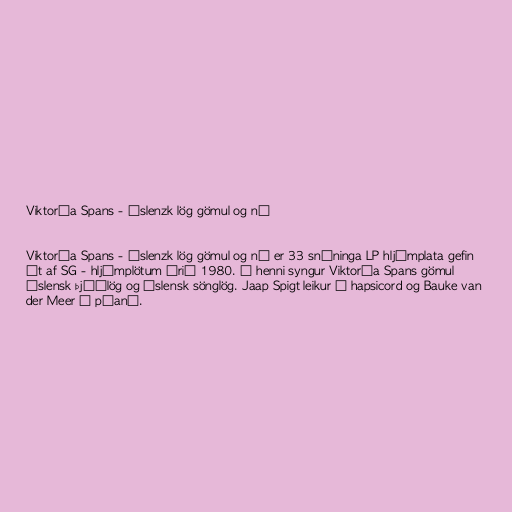
Viktoría Spans - Íslenzk lög gömul og ný

Viktoría Spans - Íslenzk lög gömul og ný er 33 snúninga LP hljómplata gefin
út af SG - hljómplötum árið 1980. Á henni syngur Viktoría Spans gömul
íslensk þjóðlög og íslensk sönglög. Jaap Spigt leikur á hapsicord og Bauke van
der Meer á píanó.